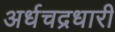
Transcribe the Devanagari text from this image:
अर्धचद्रधारी